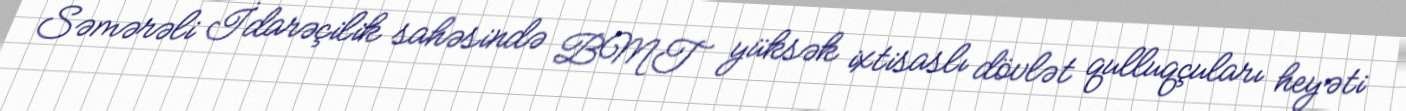
Səmərəli İdarəçilik sahəsində BMT yüksək ixtisaslı dövlət qulluqçuları heyəti